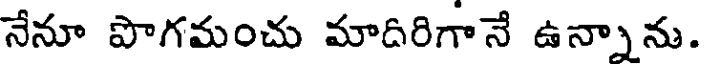
నేనూ పొగమంచు మాదిరిగానే ఉన్నాను.